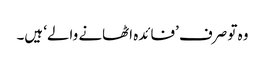
وہ تو صرف ’فائدہ اٹھانے والے‘ ہیں۔